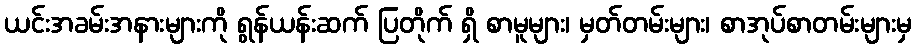
ယင်းအခမ်းအနားများကို ရွန်ယန်းဆက် ပြတိုက် ရှိ စာမူများ၊ မှတ်တမ်းများ၊ စာအုပ်စာတမ်းများမှ